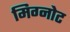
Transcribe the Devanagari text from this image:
मिग्नोट